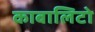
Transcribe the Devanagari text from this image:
काबालिटो